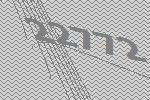
22772